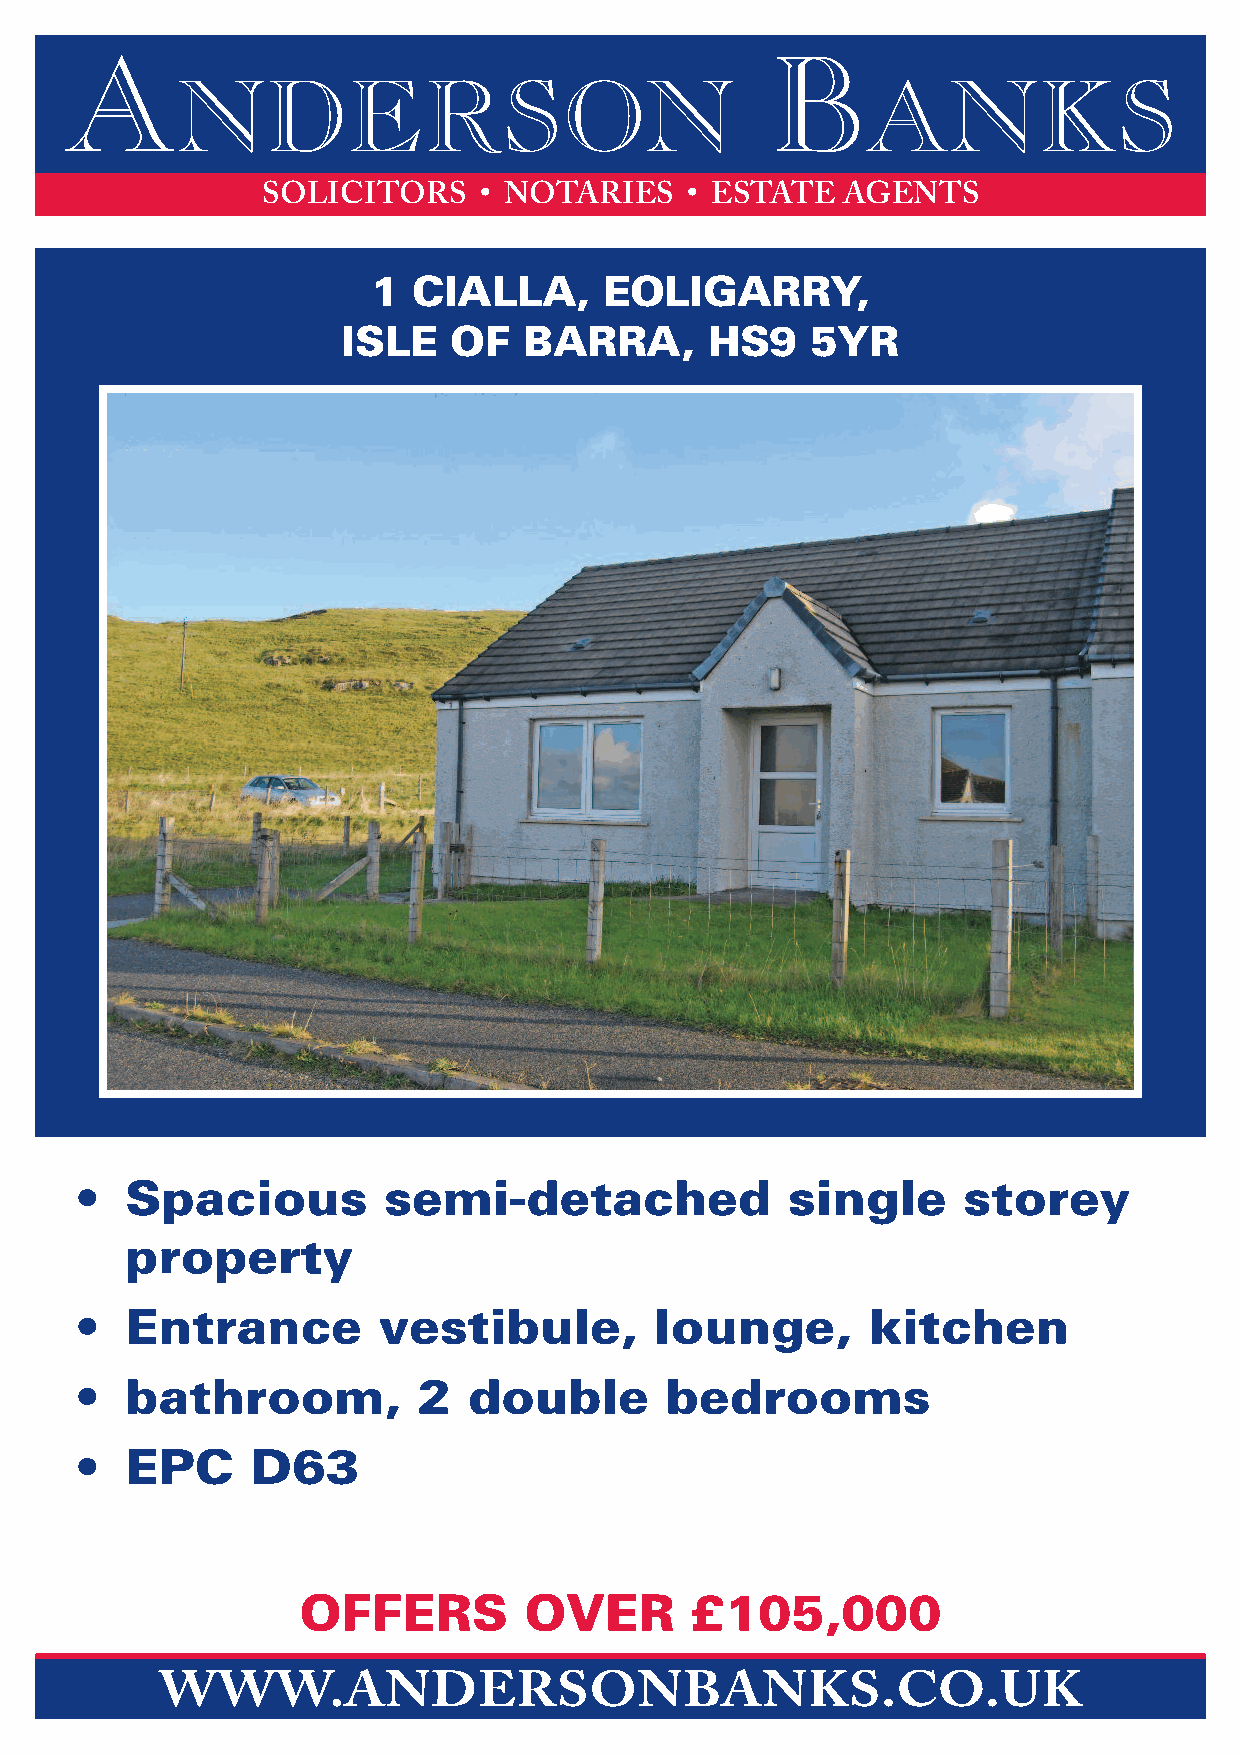
A                                              B
 NDERSON                                      ANKS
 SOLICITORS     • NOTARIES   • ESTATE   AGENTS
 1 CIALLA,      EOLIGARRY,
 ISLE   OF   BARRA,      HS9    5YR
 •  Spacious         semi-detached              single      storey
 property
 •  Entrance         vestibule,        lounge,       kitchen
 •  bathroom,           2  double       bedrooms
 •  EPC      D63
 OFFERS         OVER       £105,000
 WWW.ANDERSONBANKS.CO.UK